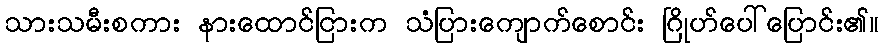
သားသမီးစကား နားထောင်ငြားက သံပြားကျောက်စောင်း ဂြိုဟ်ပေါ်ပြောင်း၏။